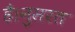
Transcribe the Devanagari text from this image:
है।नुसरत